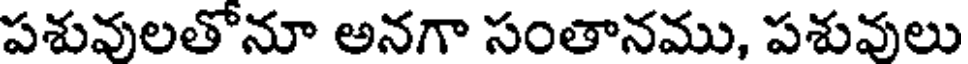
పశువలతోనూ అనగా సంతానము, పశువులు